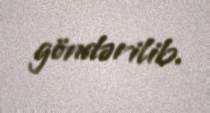
göndərilib.